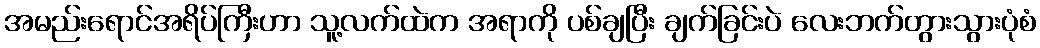
အမည်းရောင်အရိပ်ကြီးဟာ သူ့လက်ထဲက အရာကို ပစ်ချပြီး ချက်ခြင်းပဲ လေးဘက်တွားသွားပုံစံ